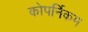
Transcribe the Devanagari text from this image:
कोपर्निकम